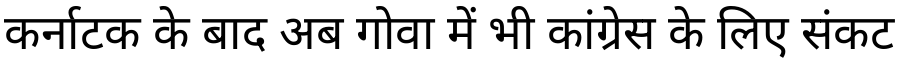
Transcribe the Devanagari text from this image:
कर्नाटक के बाद अब गोवा में भी कांग्रेस के लिए संकट